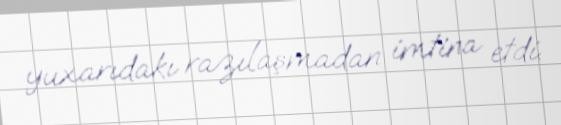
yuxarıdakı razılaşmadan imtina etdi.